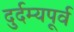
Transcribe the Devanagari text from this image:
दुर्दम्यपूर्व